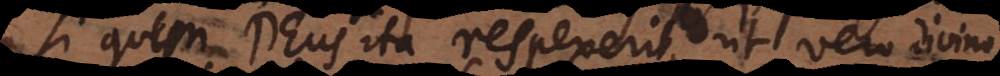
quis quem Deus ita respexerit, ut vero divino